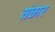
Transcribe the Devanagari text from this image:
संछार